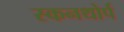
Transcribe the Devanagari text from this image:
स्कनथोर्प